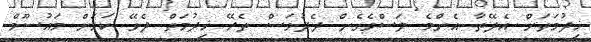
ޚިދުމަތަށް އެދޭތާ އެންމެ ލަސްވެގެން ދެދުވަސް ތެރޭ ޚިދުމަތް ދެވޭ ކަމަށް މައުސޫމް